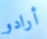
أرادو